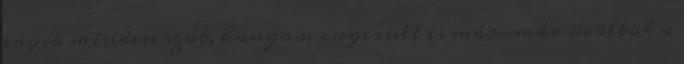
vágva minden szót, hangom ingerült és már-már üvöltök a